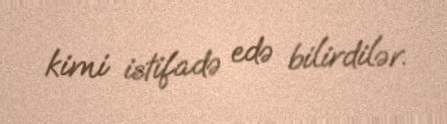
kimi istifadə edə bilirdilər.